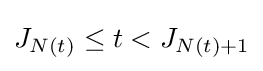
J_{N(t)}\leq t<J_{N(t)+1}